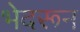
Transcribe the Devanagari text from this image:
भेदरून